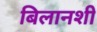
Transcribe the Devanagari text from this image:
बिलानशी